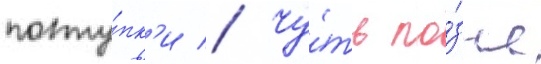
посту́пк'и // Чу́ть по́зже